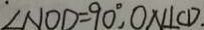
\angle N O D = 9 0 ^ { \circ } , O N \bot C D _ { \cdot }